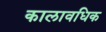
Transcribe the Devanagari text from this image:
कालावधिक